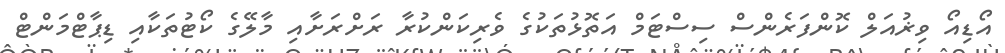
އޯޑިއޯ ވިޜުއަލް ކޮންފަރެންސް ސިސްޓަމް އަތޮޅުތަކުގެ ވެރިކަންކުރާ ރަށްރަށާއި މާލޭގެ ކޯޓުތަކާއި ޑިޕާޓްމަންޓް